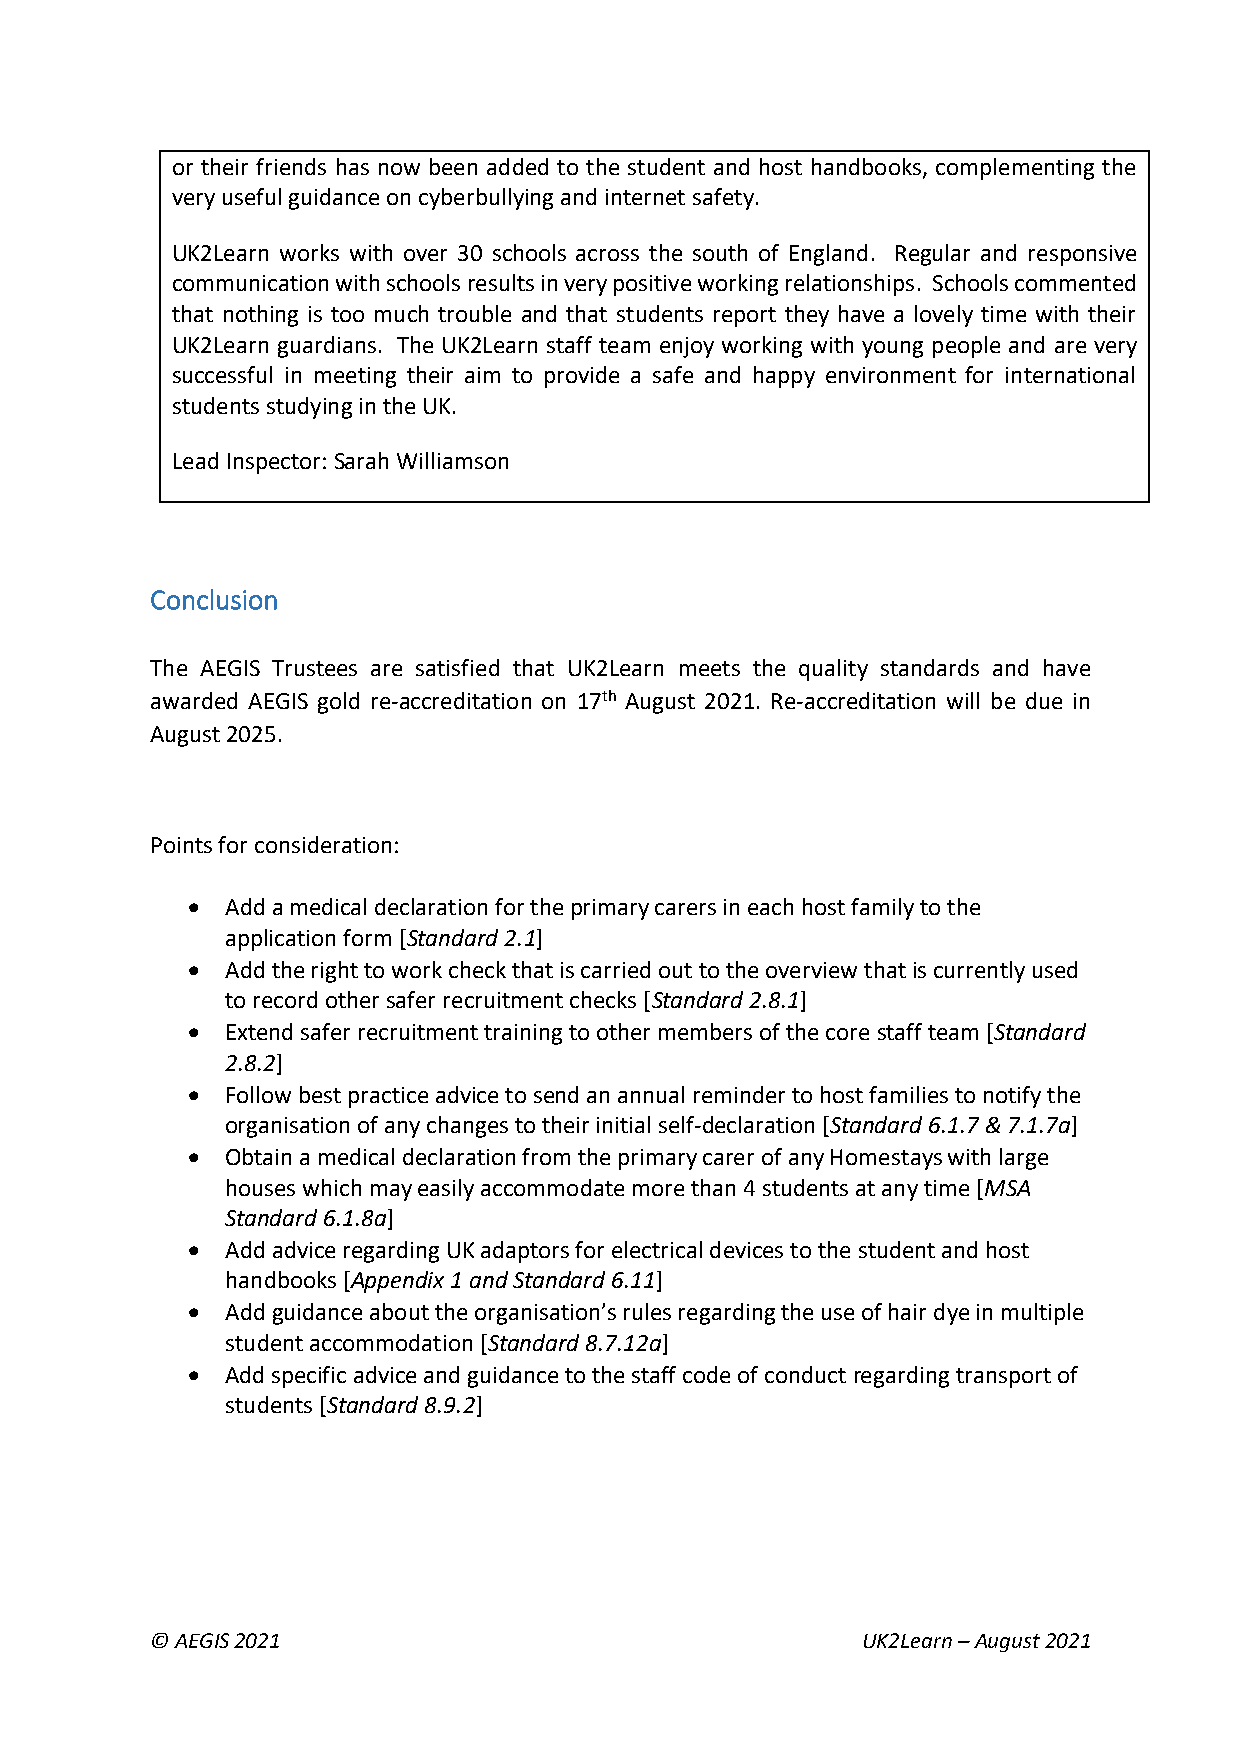
or their friends has now been added to the student and host handbooks, complementing the
 very useful guidance on cyberbullying and internet safety.
 UK2Learn works with over 30 schools across the south of England. Regular and responsive
 communication with schools results in very positive working relationships. Schools commented
 that nothing is too much trouble and that students report they have a lovely time with their
 UK2Learn guardians. The UK2Learn staff team enjoy working with young people and are very
 successful in meeting their aim to provide a safe and happy environment for international
 students studying in the UK.
 Lead Inspector: Sarah Williamson
 Conclusion
 The AEGIS Trustees are satisfied that UK2Learn meets the quality standards and have
 awarded AEGIS gold re-accreditation on 17th August 2021. Re-accreditation will be due in
 August 2025.
 Points for consideration:
 •  Add a medical declaration for the primary carers in each host family to the
 application form [Standard 2.1]
 •  Add the right to work check that is carried out to the overview that is currently used
 to record other safer recruitment checks [Standard 2.8.1]
 •  Extend safer recruitment training to other members of the core staff team [Standard
 2.8.2]
 •  Follow best practice advice to send an annual reminder to host families to notify the
 organisation of any changes to their initial self-declaration [Standard 6.1.7 & 7.1.7a]
 •  Obtain a medical declaration from the primary carer of any Homestays with large
 houses which may easily accommodate more than 4 students at any time [MSA
 Standard 6.1.8a]
 •  Add advice regarding UK adaptors for electrical devices to the student and host
 handbooks [Appendix 1 and Standard 6.11]
 •  Add guidance about the organisation’s rules regarding the use of hair dye in multiple
 student accommodation [Standard 8.7.12a]
 •  Add specific advice and guidance to the staff code of conduct regarding transport of
 students [Standard 8.9.2]
 © AEGIS 2021                                   UK2Learn – August 2021